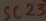
Text: SC23